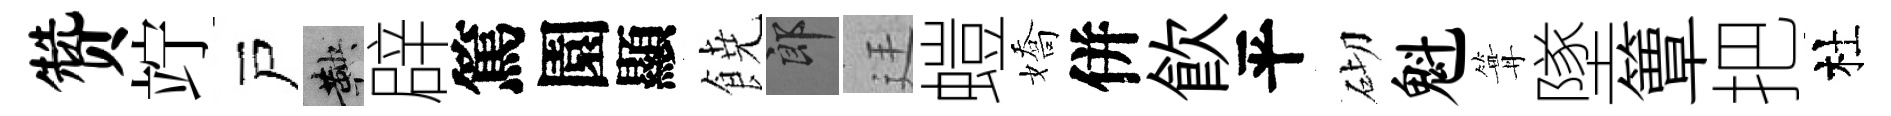
赞竚戸鞅辟篤園顯𩜙郎廷螘嬌併飮平砌魁篝墜簟把杜